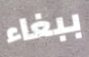
ببغاء